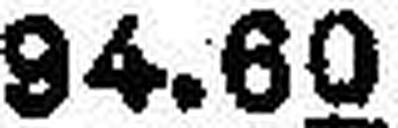
94.60